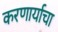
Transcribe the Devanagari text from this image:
करणार्याचा